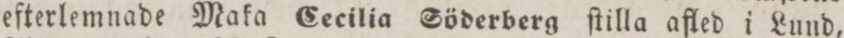
efterlemnade Maka Cecilia Söderberg ſtilla afled i Lund,